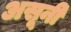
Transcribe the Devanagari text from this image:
असूनी